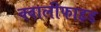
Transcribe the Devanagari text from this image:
क्वालीफाइड